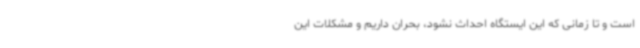
است و تا زمانی که این ایستگاه احداث نشود، بحران داریم و مشکلات این